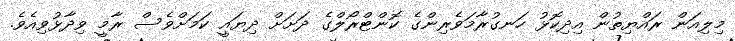
މިލިއަން ރައްޔިތުން އިދިކޮޅު ހަނގުރާމަވެރިންގެ ކޮންޓްރޯލްގެ ދަށަށް ދިޔައީ ކަމަށްވެސް ރާމީ ވިދާޅުވިއެވެ.